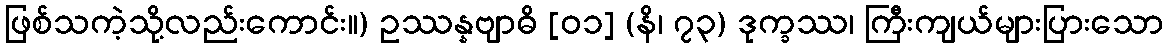
ဖြစ်သကဲ့သို့လည်းကောင်း။) ဥဿန္နဗျာဓိ [၀၁] (နိ၊ ၇၃) ဒုက္ခဿ၊ ကြီးကျယ်များပြားသော